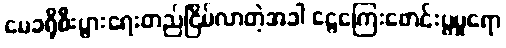
မေခရိုစီးပွားရေးတည်ငြိမ်လာတဲ့အခါ ငွေကြေးဖောင်းပွမှုရော